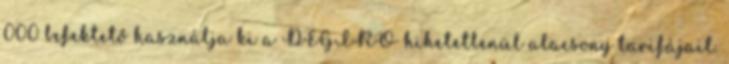
000 befektető használja ki a DEGIRO hihetetlenül alacsony tarifájait.